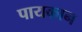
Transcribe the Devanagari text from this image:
पायकान